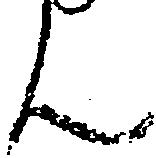
ん